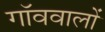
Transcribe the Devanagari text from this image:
गॉववालों